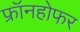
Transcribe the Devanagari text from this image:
फ्रॉनहोफर